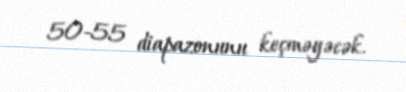
50-55 diapazonunu keçməyəcək.